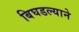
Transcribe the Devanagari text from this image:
बिघडल्याने